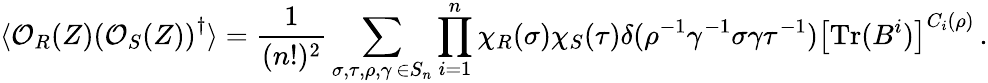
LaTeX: \langle\mathcal{O}_{R}(Z)\left(\mathcal{O}_{S}(Z)\right)^{\dagger}\rangle=\frac{1}{(n!)^{2}}\sum_{\substack{\sigma,\tau,\rho,\gamma\, \in S_{n}}}\prod_{i=1}^{n}\chi_{R}(\sigma)\chi_{S}(\tau)\delta(\rho^{-1}\gamma^{-1}\sigma\gamma\tau^{-1})\left[\mathrm{Tr}(B^{i})\right]^{C_{i}(\rho)}\, .